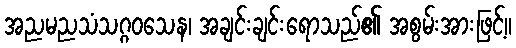
အညမညသံသဂ္ဂဝသေန၊ အချင်းချင်းရောသည်၏ အစွမ်းအားဖြင့်။